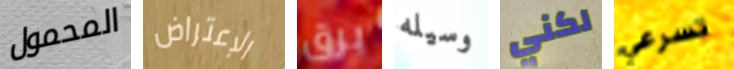
المحمول الإعتراض برق وسيله لكني تسرعي